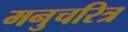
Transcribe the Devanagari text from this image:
मनुचरित्र